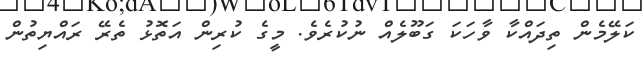
ކަލޭމެން ތިދައްކާ ވާހަަކަ ގަބޫލެއް ނުކުރެވެ. މީގެ ކުރިން އަތޮޅު ތެރޭ ރައްޔިތުން